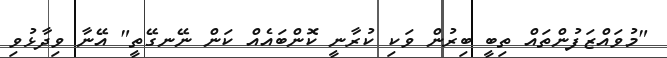
"މުވައްޒަފުންތައް ތިބީ ބިރުން ވަކި ކުރާނީ ކޮންބައެއް ކަން ނޭނގޭތީ" އޭނާ ވިދާޅުވި